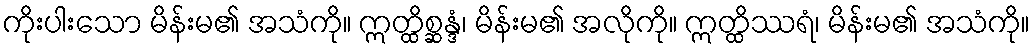
ကိုးပါးသော မိန်းမ၏ အသံကို။ ဣတ္ထိစ္ဆန္ဒံ၊ မိန်းမ၏ အလိုကို။ ဣတ္ထိဿရံ၊ မိန်းမ၏ အသံကို။